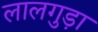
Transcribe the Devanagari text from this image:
लालगुड़ा